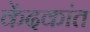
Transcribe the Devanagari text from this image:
केंदकांत